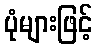
ပုံများဖြင့်